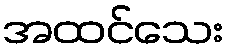
အထင်သေး